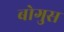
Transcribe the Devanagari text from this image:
बोगुस